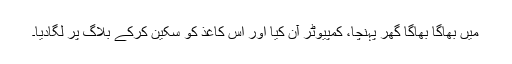
میں بھاگا بھاگا گھر پہنچا، کمپیوٹر آن کیا اور اس کاغذ کو سکین کرکے بلاگ پر لگادیا۔